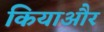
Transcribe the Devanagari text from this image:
कियाऔर